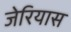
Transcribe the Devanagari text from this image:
जेरियास